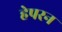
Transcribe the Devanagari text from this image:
हेपरन